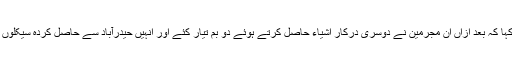
این آئی اے نے کہا کہ بعد ازاں ان مجرمین نے دوسری درکار اشیاء حاصل کرتے ہوئے دو بم تیار کئے اور انہیں حیدرآباد سے حاصل کردہ سیکلوں پر نصب کردیا۔